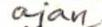
ajan